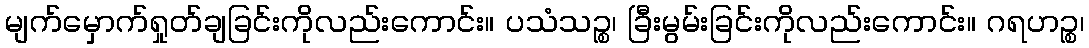
မျက်မှောက်ရှုတ်ချခြင်းကိုလည်းကောင်း။ ပသံသဉ္စ၊ ခြီးမွမ်းခြင်းကိုလည်းကောင်း။ ဂရဟဉ္စ၊